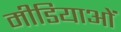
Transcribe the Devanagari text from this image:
मीडियाओं